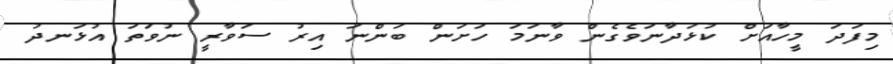
މިފަދަ މީހާއަށް ކުޅަދާނަވެގެން ވާނަމަ ހަށަން ބަންނަ އިރު ސަވާރީ ނުވަތަ އުޅަނދު